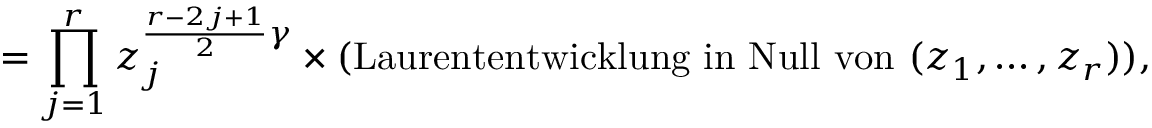
= \prod _ { j = 1 } ^ { r } z _ { j } ^ { \frac { r - 2 j + 1 } { 2 } \gamma } \times \mathrm { ( L a u r e n t e n t w i c k l u n g ~ i n ~ N u l l ~ v o n ~ } ( z _ { 1 } , \ldots , z _ { r } ) ) ,